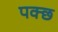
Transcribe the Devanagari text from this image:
पक्छ